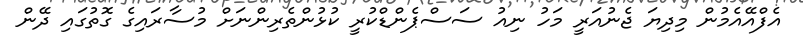
އެފްއޭއެމުން މިދިޔަ ޖެނުއަރީ މަހު ނިއު ސަސްޕެންޑްކުރީ ކުޅުންތެރިންނަށް މުސާރައިގެ ގޮތުގައި ދޭން